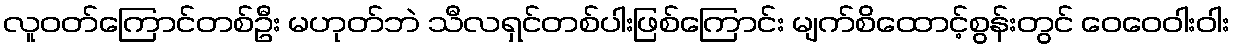
လူဝတ်ကြောင်တစ်ဦး မဟုတ်ဘဲ သီလရှင်တစ်ပါးဖြစ်ကြောင်း မျက်စိထောင့်စွန်းတွင် ဝေဝေဝါးဝါး